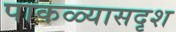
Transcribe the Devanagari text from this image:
पाकळ्यासदृश